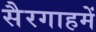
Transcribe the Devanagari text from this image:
सैरगाहमें